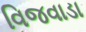
વિજવાડા